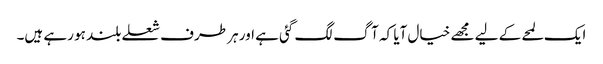
ایک لمحے کے لیے مجھے خیال آیا کہ آگ لگ گئی ہے اور ہر طرف شعلے بلند ہو رہے ہیں۔